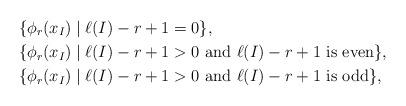
LaTeX: \begin{align*}&\{ \phi_r(x_{I}) \;|\; \ell(I)-r+1=0 \}, \\&\{ \phi_r(x_{I})\;|\; \ell(I)-r+1>0 \mbox{ and $\ell(I)-r+1$ is even} \}, \\&\{ \phi_r(x_{I})\;|\; \ell(I)-r+1>0 \mbox{ and $\ell(I)-r+1$ is odd} \},\end{align*}